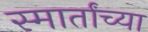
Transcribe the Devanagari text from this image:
स्मार्तांच्या